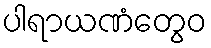
ပါရာယဏံတွေဝ